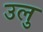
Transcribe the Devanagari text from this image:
उलु